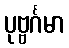
ပုဗ္ဗင်္ဂမာ